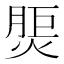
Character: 𤋝